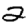
Digit: 2